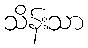
သိန်းသာ